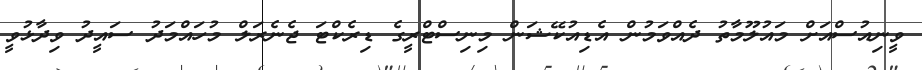
ވީނިއުސްއަށް މައުލޫމާތު ދެއްވަމުން އެޑިއުކޭޝަން މިނިސްޓްރީގެ ޑިރެކްޓަ ޖެނެރަލް މުހައްމަދު ސައީދު ވިދާޅުވީ